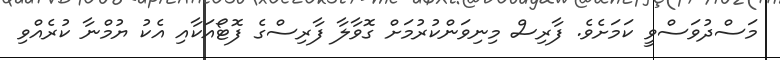
މަސްދުވަސްވީ ކަމަށެވެ. ފާރިސް މިނިވަންކުރުމަށް ގޮވާލާ ފާރިސްގެ ފޮޓޯއަކާއި އެކު ޔުމްނާ ކުރެއްވި